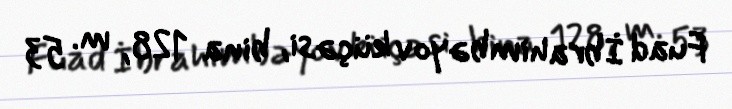
Fuad İbrahimbəyov küçəsi, bina 128, m. 53